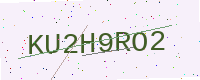
Text: KU2H9RO2